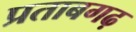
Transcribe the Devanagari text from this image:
प्रताबगढ़